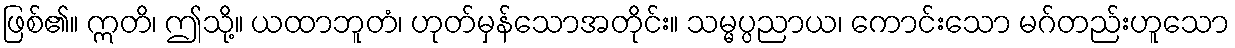
ဖြစ်၏။ ဣတိ၊ ဤသို့။ ယထာဘူတံ၊ ဟုတ်မှန်သောအတိုင်း။ သမ္မပ္ပညာယ၊ ကောင်းသော မဂ်တည်းဟူသော